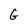
Character: G